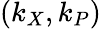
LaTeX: (k_{X},k_{P})